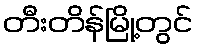
တီးတိန်မြို့တွင်